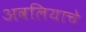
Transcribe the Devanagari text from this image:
अवलियाचे